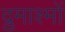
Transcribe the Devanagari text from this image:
द्रुमाश्मों